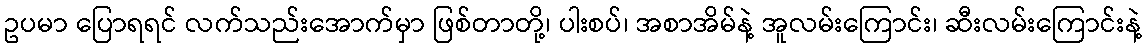
ဥပမာ ပြောရရင် လက်သည်းအောက်မှာ ဖြစ်တာတို့၊ ပါးစပ်၊ အစာအိမ်နဲ့ အူလမ်းကြောင်း၊ ဆီးလမ်းကြောင်းနဲ့